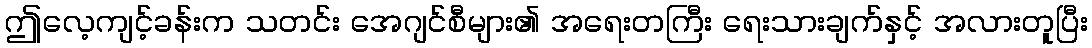
ဤလေ့ကျင့်ခန်းက သတင်း အေဂျင်စီများ၏ အရေးတကြီး ရေးသားချက်နှင့် အလားတူပြီး